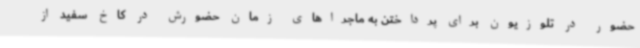
حضور در تلوزیون برای پرداختن به ماجراهای زمان حضورش در کاخ سفید از